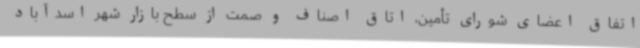
اتفاق اعضای شورای تأمین، اتاق اصناف و صمت از سطح بازار شهر اسدآباد